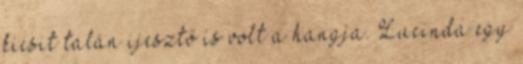
kicsit talán ijesztő is volt a hangja. Lucinda egy